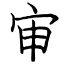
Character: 审